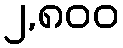
၂,၈၀၀